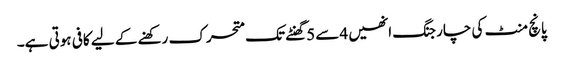
پانچ منٹ کی چارجنگ انھیں 4سے 5گھنٹے تک متحرک رکھنے کے لیے کافی ہوتی ہے۔